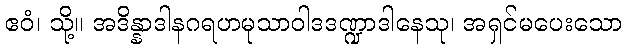
ဧဝံ၊ သို့။ အဒိန္နာဒါနဂရဟမုသာဝါဒဒဏ္ဍာဒါနေသု၊ အရှင်မပေးသော